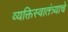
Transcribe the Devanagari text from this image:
व्यक्तिस्वातंत्र्याचे